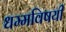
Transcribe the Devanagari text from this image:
धम्मविषयी